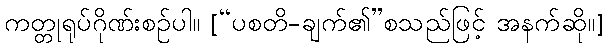
ကတ္တုရုပ်ဂိုဏ်းစဉ်ပါ။ [“ပစတိ-ချက်၏”စသည်ဖြင့် အနက်ဆို။]